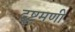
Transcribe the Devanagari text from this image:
दृष्टमणी